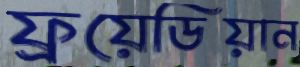
ফ্রয়েডিয়ান